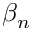
\beta _ { n }